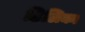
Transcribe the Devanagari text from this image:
ढिलिका